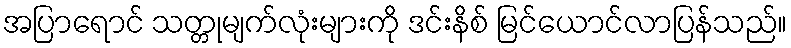
အပြာရောင် သတ္တုမျက်လုံးများကို ဒင်းနိစ် မြင်ယောင်လာပြန်သည်။